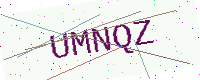
Text: UMNQZ